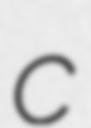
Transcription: c